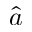
\hat { a }